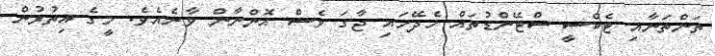
ތަންތަނާއި ޓެކްސީ ސްޓޭންޑުތައް ހެދޭހައި ޖާގަ ވެސް އޮންނާން ވާނެއެވެ. މީގެ އިތުރުން